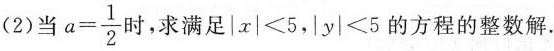
(2)当 $$a= \frac{1}{2}$$ 时，求满足|x|<5，|y|<5的方程的整数解.